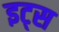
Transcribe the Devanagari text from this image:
इट्‍स